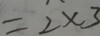
= 2 \times 3